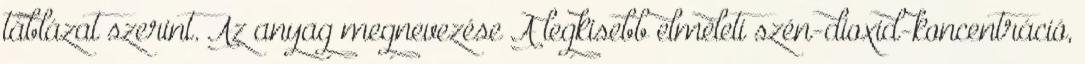
táblázat szerint. Az anyag megnevezése A legkisebb elméleti szén-dioxid-koncentráció,